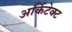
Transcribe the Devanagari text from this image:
अर्किटेक्ट